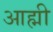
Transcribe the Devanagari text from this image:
आह्मी